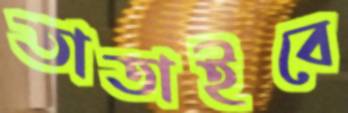
তাতাইবে